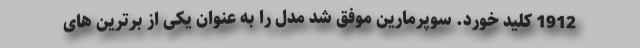
1912 کلید خورد. سوپرمارین موفق شد مدل را به عنوان یکی از برترین های